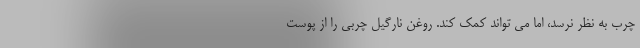
چرب به نظر نرسد، اما می تواند کمک کند. روغن نارگیل چربی را از پوست